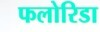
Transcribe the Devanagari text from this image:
फलोरिडा